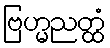
ဗြဟ္မညတ္ထံ